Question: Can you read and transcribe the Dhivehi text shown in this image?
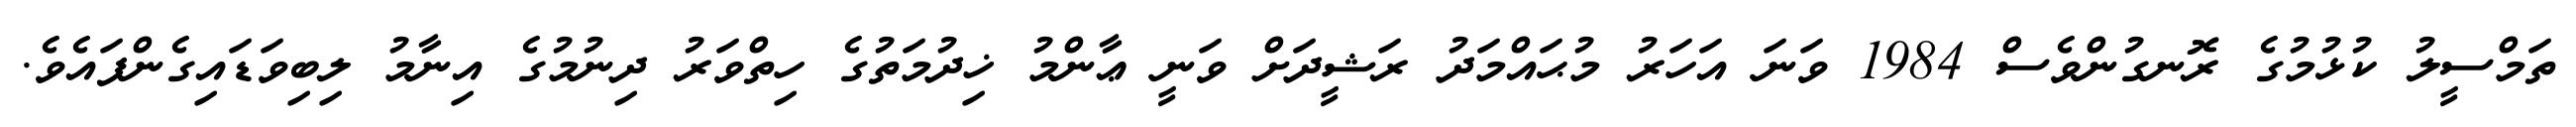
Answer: ތަމްސީލު ކުޅުމުގެ ރޮނގުންވެސް 1984 ވަނަ އަހަރު މުޙައްމަދު ރަޝީދަށް ވަނީ ޢާންމު ޚިދުމަތުގެ ހިތްވަރު ދިނުމުގެ އިނާމު ލިބިވަޑައިގެންފައެވެ.